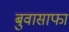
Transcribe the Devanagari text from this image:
बुवासाफा